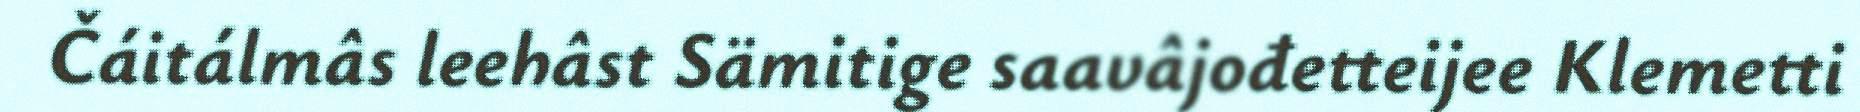
Čáitálmâs leehâst Sämitige saavâjođetteijee Klemetti